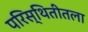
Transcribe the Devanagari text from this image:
परिस्थितीतला